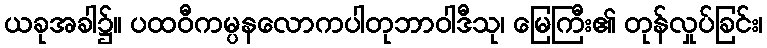
ယခုအခါ၌။ ပထဝီကမ္ပနလောကပါတုဘာဝါဒီသု၊ မြေကြီး၏ တုန်လှုပ်ခြင်း၊